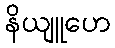
နိယျူဟေ